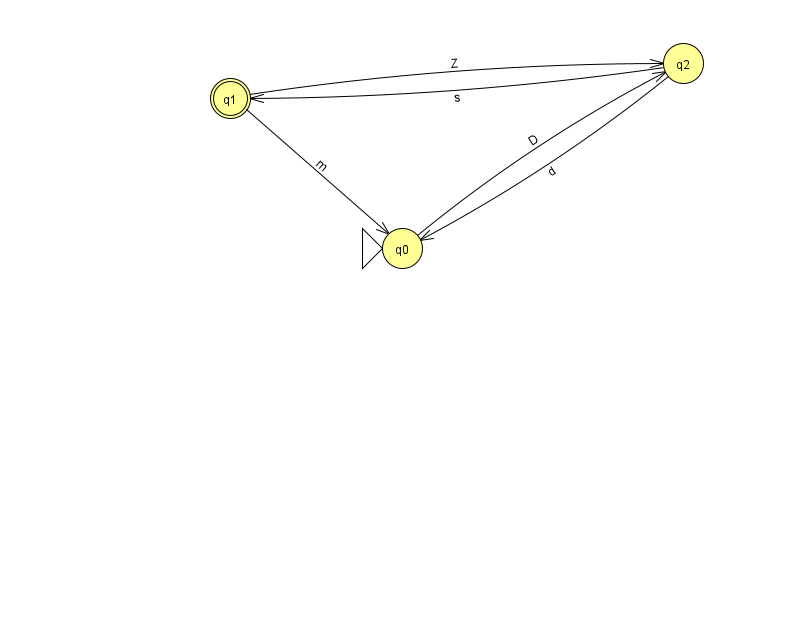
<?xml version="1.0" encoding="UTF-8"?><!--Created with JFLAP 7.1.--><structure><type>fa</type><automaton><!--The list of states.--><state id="0" name="q0"><x>402.0</x><y>235.0</y><initial/></state><state id="1" name="q1"><x>230.0</x><y>85.0</y><final/></state><state id="2" name="q2"><x>683.0</x><y>50.0</y></state><!--The list of transitions.--><transition><from>1</from><to>2</to><read>Z</read></transition><transition><from>1</from><to>0</to><read>m</read></transition><transition><from>0</from><to>2</to><read>D</read></transition><transition><from>2</from><to>0</to><read>d</read></transition><transition><from>2</from><to>1</to><read>s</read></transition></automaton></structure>